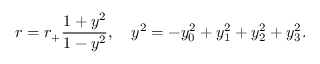
r = r _ { + } \frac { 1 + y ^ { 2 } } { 1 - y ^ { 2 } } , \ \ \ y ^ { 2 } = - y _ { 0 } ^ { 2 } + y _ { 1 } ^ { 2 } + y _ { 2 } ^ { 2 } + y _ { 3 } ^ { 2 } .